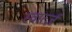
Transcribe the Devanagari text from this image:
स्वार्त्ज़